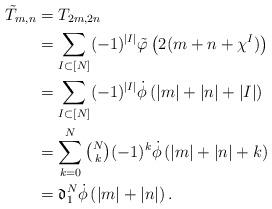
LaTeX: \begin{align*}\tilde{T}_{m,n} &=T_{2m,2n}\\&=\sum_{I\subset[N]}(-1)^{|I|} \tilde{\varphi}\left(2(m+n+\chi^I)\right)\\&=\sum_{I\subset[N]}(-1)^{|I|} \dot{\phi}\left(|m|+|n|+|I|\right)\\&=\sum_{k=0}^N \tbinom{N}{k} (-1)^k \dot{\phi}\left(|m|+|n|+k\right)\\&=\mathfrak{d}_1^N\dot{\phi}\left(|m|+|n|\right).\end{align*}